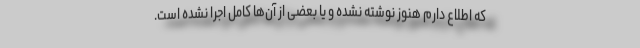
که اطلاع دارم هنوز نوشته نشده و یا بعضی از آن‌ها کامل اجرا نشده است.